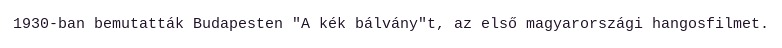
1930-ban bemutatták Budapesten "A kék bálvány"t, az első magyarországi hangosfilmet.